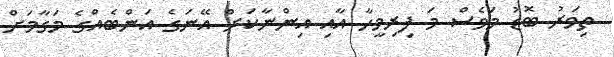
ތިވަރު ބޮޑު މަވެސް މަ ފިރިމީހާ އާއި އިންނާކަށް އޭނަގެ އަންބެއްގެ މަގާމަށް